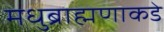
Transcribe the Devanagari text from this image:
मधुब्राह्मणाकडे